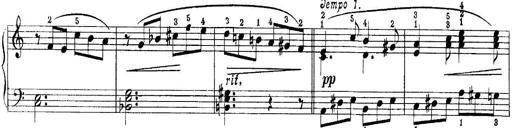
Title: Quatres sonatines
Composer: Tadeusz Joteyko